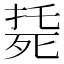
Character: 𣨰